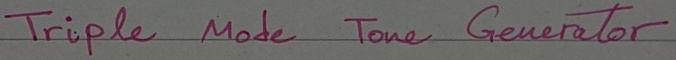
Text: Triple Mode Tone Generator